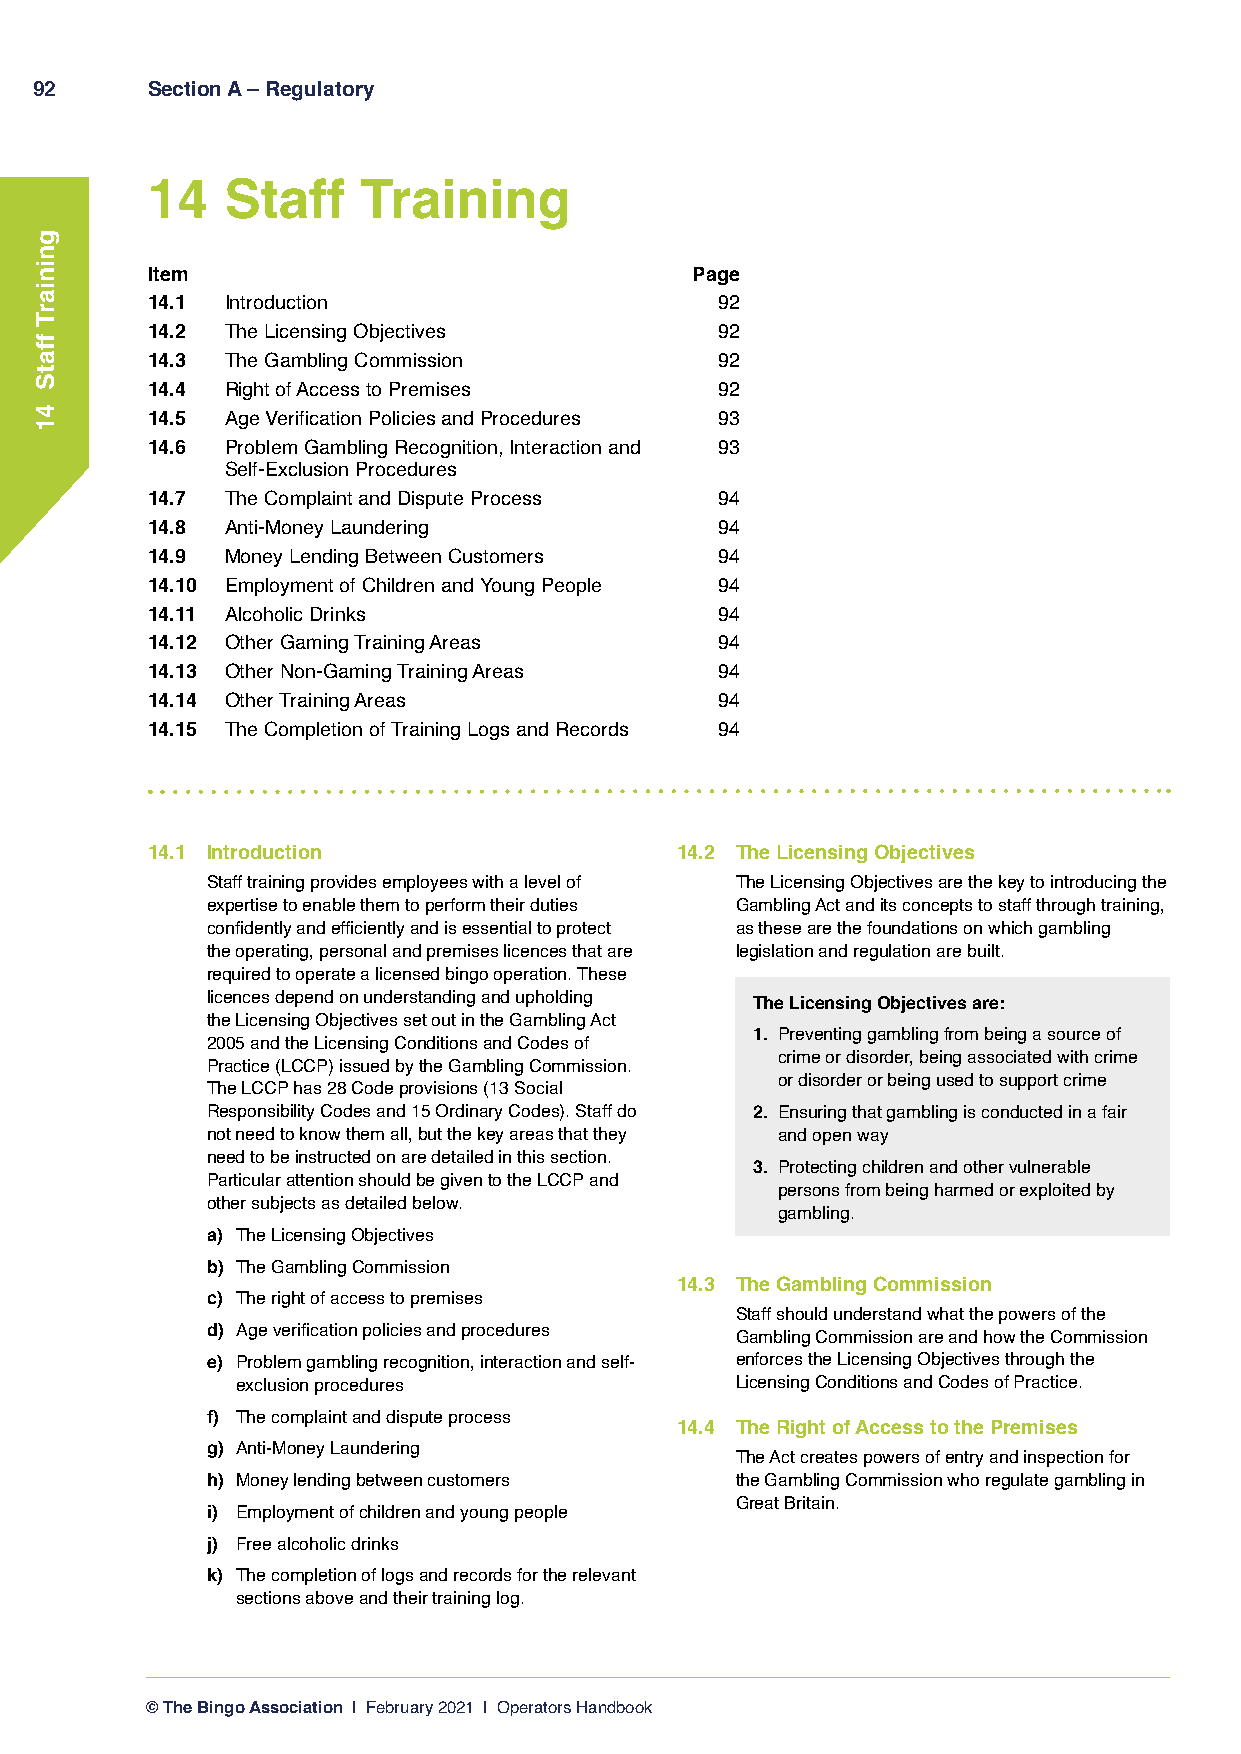
92      Section A – Regulatory
 14   Staff    Training
 Item                                Page
 14.1 Introduction                    92
 14.2 The Licensing Objectives        92
 14.3 The Gambling Commission         92
 14.4 Right of Access to Premises     92
 14.5 Age Verification Policies and Procedures 93
 14.6 Problem Gambling Recognition, Interaction and 93
 Self-Exclusion Procedures
 14.7 The Complaint and Dispute Process 94
 14.8 Anti-Money Laundering           94
 14.9 Money Lending Between Customers 94
 14.10 Employment of Children and Young People 94
 14.11 Alcoholic Drinks               94
 14.12 Other Gaming Training Areas    94
 14.13 Other Non-Gaming Training Areas 94
 14.14 Other Training Areas           94
 14.15 The Completion of Training Logs and Records 94
 14.1 Introduction                  14.2 The Licensing Objectives
 Staff training provides employees with a level of The Licensing Objectives are the key to introducing the
 expertise to enable them to perform their duties Gambling Act and its concepts to staff through training,
 confidently and efficiently and is essential to protect as these are the foundations on which gambling
 the operating, personal and premises licences that are legislation and regulation are built.
 required to operate a licensed bingo operation. These
 licences depend on understanding and upholding The Licensing Objectives are:
 the Licensing Objectives set out in the Gambling Act
 1. P reventing gambling from being a source of
 2005 and the Licensing Conditions and Codes of
 crime or disorder, being associated with crime
 Practice (LCCP) issued by the Gambling Commission.
 or disorder or being used to support crime
 The LCCP has 28 Code provisions (13 Social
 Responsibility Codes and 15 Ordinary Codes). Staff do 2. Ensuring that gambling is conducted in a fair
 not need to know them all, but the key areas that they and open way
 need to be instructed on are detailed in this section.
 3. Protecting children and other vulnerable
 Particular attention should be given to the LCCP and
 persons from being harmed or exploited by
 other subjects as detailed below.
 gambling.
 a) The Licensing Objectives
 b) The Gambling Commission
 14.3 The Gambling Commission
 c) The right of access to premises
 Staff should understand what the powers of the
 d) Age verification policies and procedures
 Gambling Commission are and how the Commission
 e) Problem gambling recognition, interaction and self- enforces the Licensing Objectives through the
 exclusion procedures             Licensing Conditions and Codes of Practice.
 f) The complaint and dispute process
 14.4 The Right of Access to the Premises
 g) Anti-Money Laundering
 The Act creates powers of entry and inspection for
 h) Money lending between customers the Gambling Commission who regulate gambling in
 Great Britain.
 i) Employment of children and young people
 j) Free alcoholic drinks
 k) T he completion of logs and records for the relevant
 sections above and their training log.
 © The Bingo Association | February 2021 | Operators Handbook
 gniniarT
 ffatS
 41